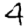
Digit: 4